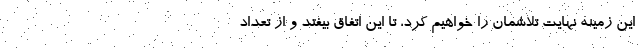
این زمینه نهایت تلاشمان را خواهیم کرد، تا این اتفاق بیفتد و از تعداد